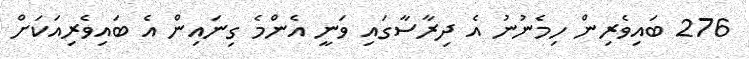
276 ބައިވެރިން ހިމެނުނު އެ ދިރާސާގައި ވަނީ އެންމެ ގިނައިން އެ ބައިވެރިއަކަށް